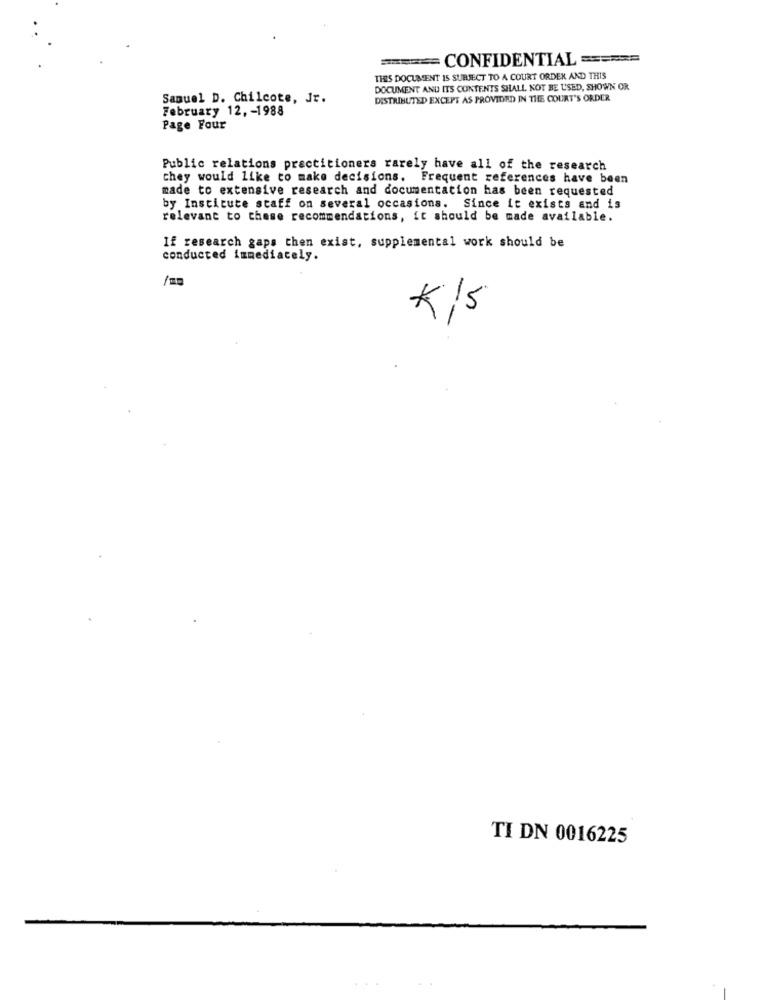
====== CONFIDENTIAL ======
THIS DOCUMENT IS SURJECT TO A COURT ORDER AND THIS
DOCUMENT AND ITS CONTENTS SHALL NOT BE USED, SHOWN OR
Samuel D. Chilcote, Jr.
DISTRIBUTED EXCEPT AS PROVIDED IN THE COURT'S ORDER
February 12, - 1988
Page Four
Public relations practitioners rarely have all of the research
they would like to make decisions. Frequent references have been
made to extensive research and documentation has been requested
by Institute staff on several occasions. Since it exists and is
relevant to these recommendations, it should be made available.
If research gaps then exist, supplemental work should be
conducted immediately.
--
TI DN 0016225